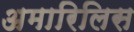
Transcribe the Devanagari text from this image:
अमारिलिस